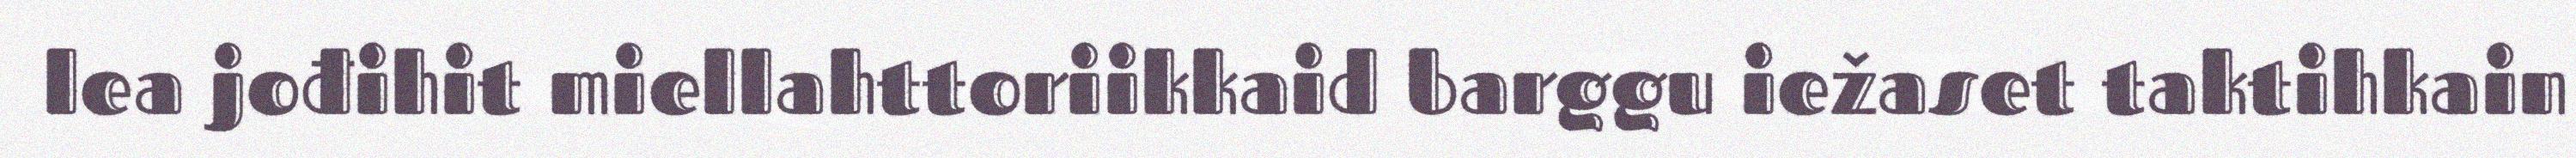
lea jođihit miellahttoriikkaid barggu iežaset taktihkain